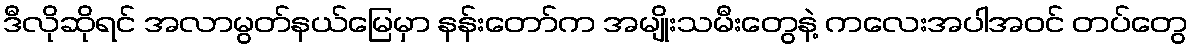
ဒီလိုဆိုရင် အလာမွတ်နယ်မြေမှာ နန်းတော်က အမျိုးသမီးတွေနဲ့ ကလေးအပါအဝင် တပ်တွေ